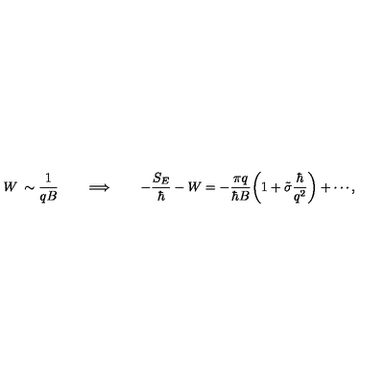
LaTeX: W \: \sim \frac { 1 } { q B } \qquad \Longrightarrow \qquad - \frac { S _ { E } } { \hbar } - W = - \frac { \pi q } { \hbar B } \biggl ( 1 + \tilde { \sigma } \frac { \hbar } { q ^ { 2 } } \biggr ) + \cdots ,